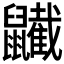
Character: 𪖋